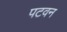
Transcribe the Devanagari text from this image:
पटवन